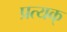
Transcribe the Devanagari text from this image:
प्रत्यक्